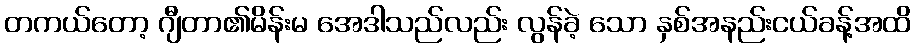
တကယ်တော့ ဂျီတာ၏မိန်းမ အေဒါသည်လည်း လွန်ခဲ့ သော နှစ်အနည်းငယ်ခန့်အထိ